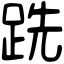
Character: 跣